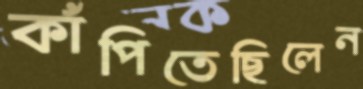
কাঁপিতেছিলেন